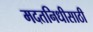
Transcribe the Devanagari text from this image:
मदतनिधीसाठी